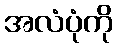
အလံပုံကို